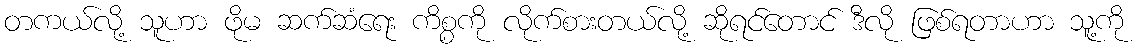
တကယ်လို့ သူဟာ ဖိုမ ဆက်ဆံရေး ကိစ္စကို လိုက်စားတယ်လို့ ဆိုရင်တောင် ဒီလို ဖြစ်ရတာဟာ သူ့ကို